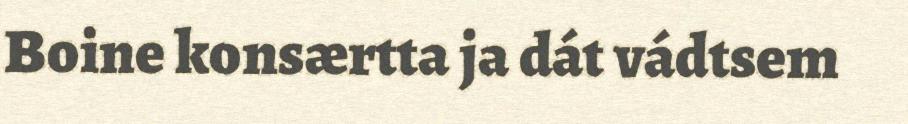
Boine konsærtta ja dát vádtsem